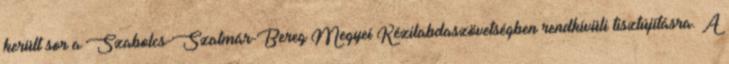
került sor a Szabolcs-Szatmár-Bereg Megyei Kézilabdaszövetségben rendkívüli tisztújításra. A